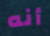
أنه